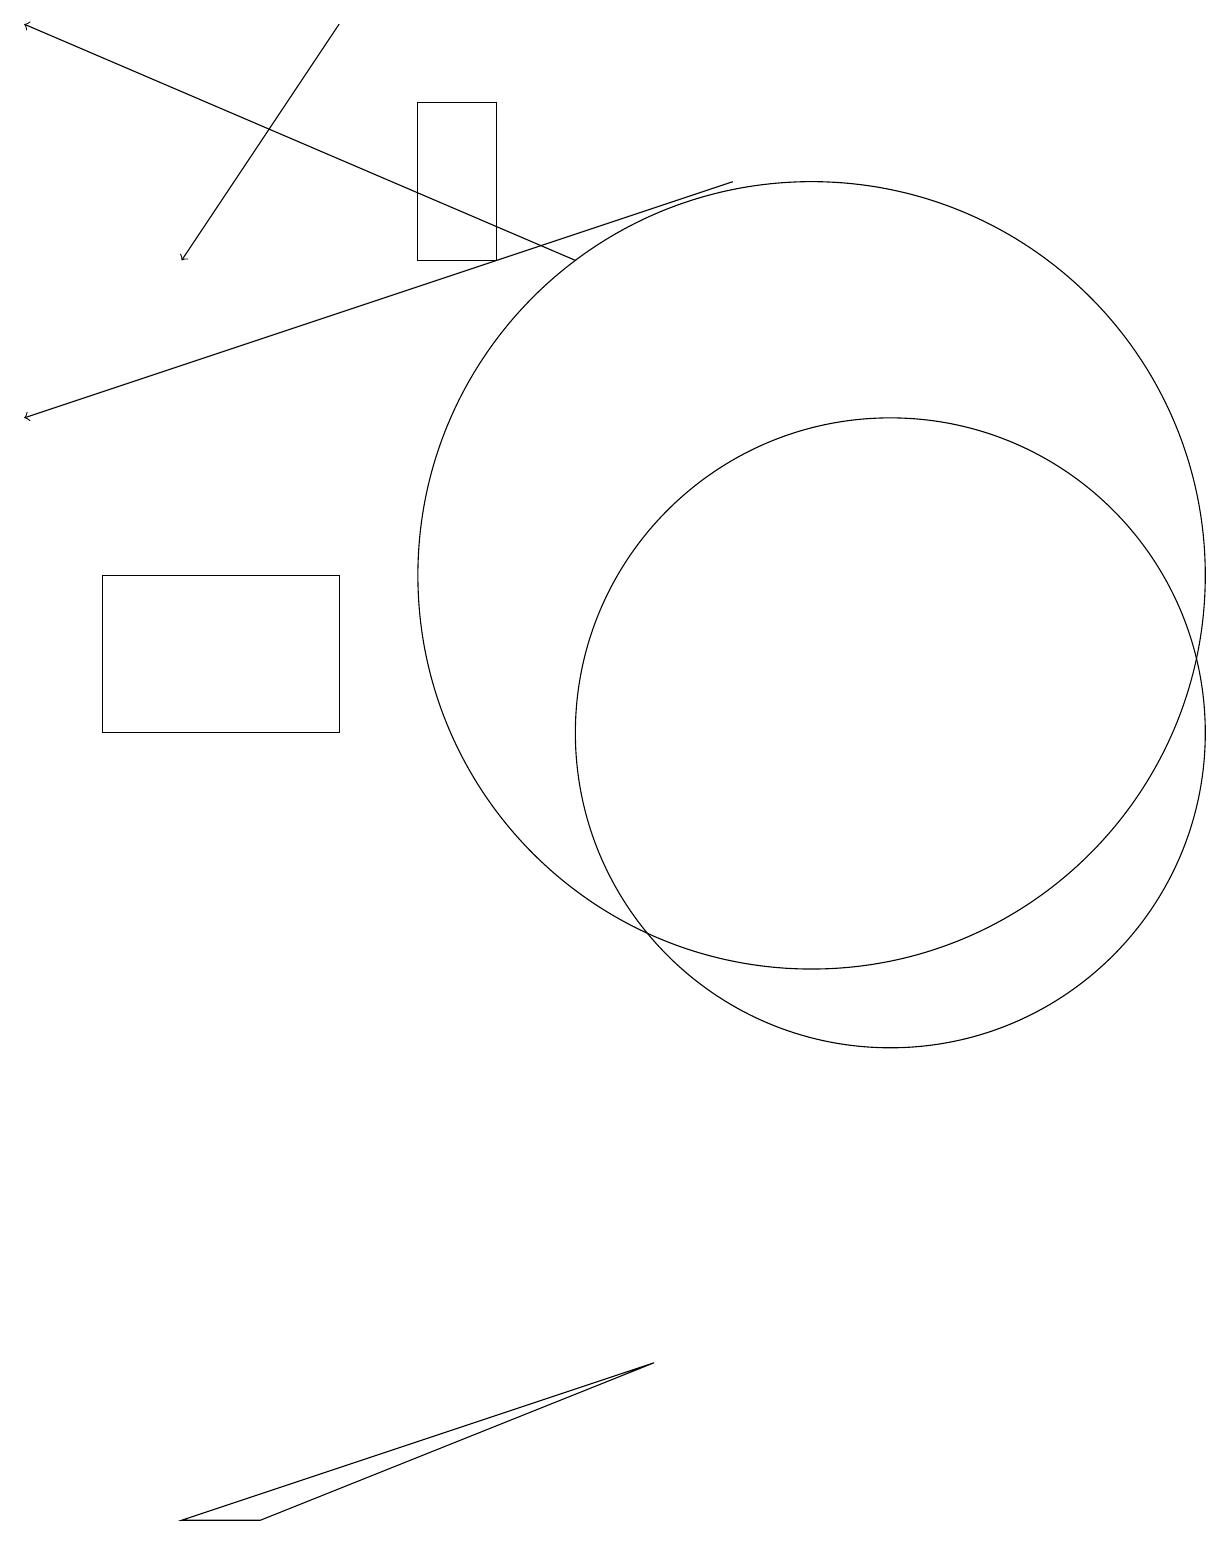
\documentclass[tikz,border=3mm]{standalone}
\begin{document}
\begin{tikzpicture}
\draw (4,12) rectangle (1,10);
\draw (2,0) -- (8,2) -- (3,0) -- cycle;
\draw[->] (9,17) -- (0,14);
\draw (11,10) circle (4);
\draw[->] (7,16) -- (0,19);
\draw (10,12) circle (5);
\draw[->] (4,19) -- (2,16);
\draw (5,16) rectangle (6,18);
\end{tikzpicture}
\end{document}